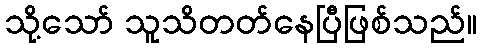
သို့သော် သူသိတတ်နေပြီဖြစ်သည်။